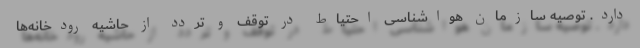
دارد. توصیه سازمان هواشناسی احتیاط در توقف و تردد از حاشیه رودخانه‌ها